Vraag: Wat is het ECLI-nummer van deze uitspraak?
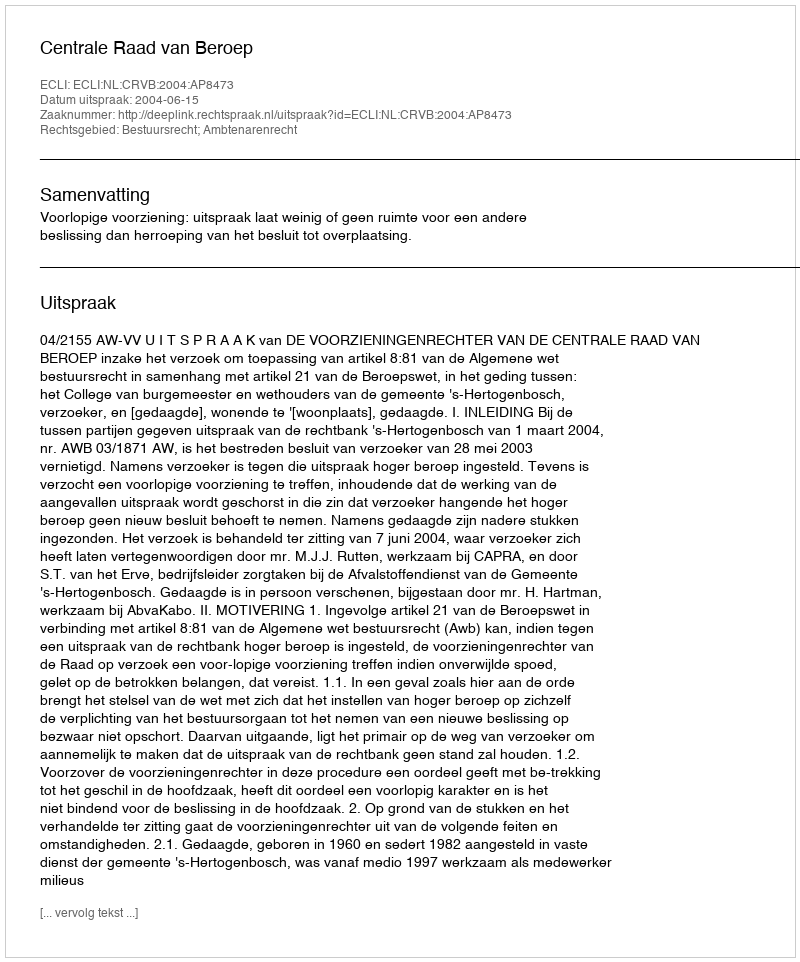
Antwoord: ECLI:NL:CRVB:2004:AP8473